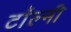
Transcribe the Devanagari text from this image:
टॉल्मी